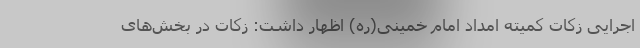
اجرایی زکات کمیته امداد امام خمینی(ره) اظهار داشت: زکات در بخش‌های